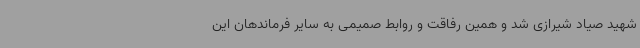
شهید صیاد شیرازی شد و همین رفاقت و روابط صمیمی به سایر فرماندهان این